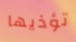
تؤذيها